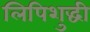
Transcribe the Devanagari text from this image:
लिपिशुद्धी